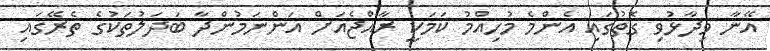
އޭނާ ވިދާޅުވި ގޮތުގައި އެންމެ މުހިއްމު ކަމަކީ ރާއްޖެއަށް އަންނަމުންދާ ބަދަލުތަކުގެ ތެރޭގައި